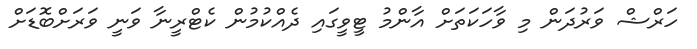
ހަރްޝް ވަރުދަން މި ވާހަކަތަށް އާންމު ޓީވީގައި ދެއްކުމުން ކެޓްރީނާ ވަނީ ވަރަށްބޮޑަށް